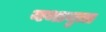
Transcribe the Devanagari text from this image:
यथावृत्त